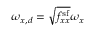
\omega _ { x , d } = \sqrt { f _ { x x } ^ { \mathrm { s f } } } \omega _ { x }